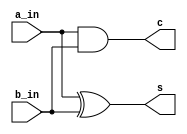
`timescale 1ns / 1ps
module half_adder1(
    input a_in, b_in,
    output s, c
    );
    xor(s, a_in, b_in);
    and(c, a_in, b_in);
endmodule